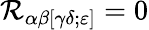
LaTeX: \mathcal{R}_{\alpha\beta[\gamma\delta;\varepsilon]}=0